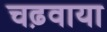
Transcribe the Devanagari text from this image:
चढ़वाया